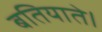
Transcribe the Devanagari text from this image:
बतियाते।